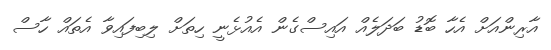
އާރިންއަށް އެހާ ބޮޑު ބަދަލެއް އައިސްގެން އެއުޅެނީ ހިތަށް ލިބިފައިވާ އެތައް ހާސް